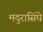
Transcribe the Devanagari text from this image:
मदुरासिंघे